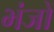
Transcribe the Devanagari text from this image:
भंजों